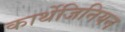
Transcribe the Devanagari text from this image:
कार्थेजिनियन